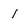
Character: 1